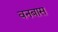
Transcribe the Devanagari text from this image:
वनबास